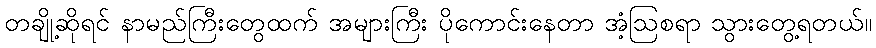
တချို့ဆိုရင် နာမည်ကြီးတွေထက် အများကြီး ပိုကောင်းနေတာ အံ့ဩစရာ သွားတွေ့ရတယ်။